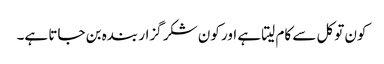
کون توکل سے کام لیتا ہے اور کون شکر گزار بندہ بن جاتا ہے۔